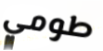
طومي